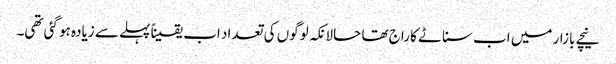
نیچے بازار میں اب سناٹے کا راج تھا حالانکہ لوگوں کی تعداد اب یقیناً پہلے سے زیادہ ہو گئی تھی۔